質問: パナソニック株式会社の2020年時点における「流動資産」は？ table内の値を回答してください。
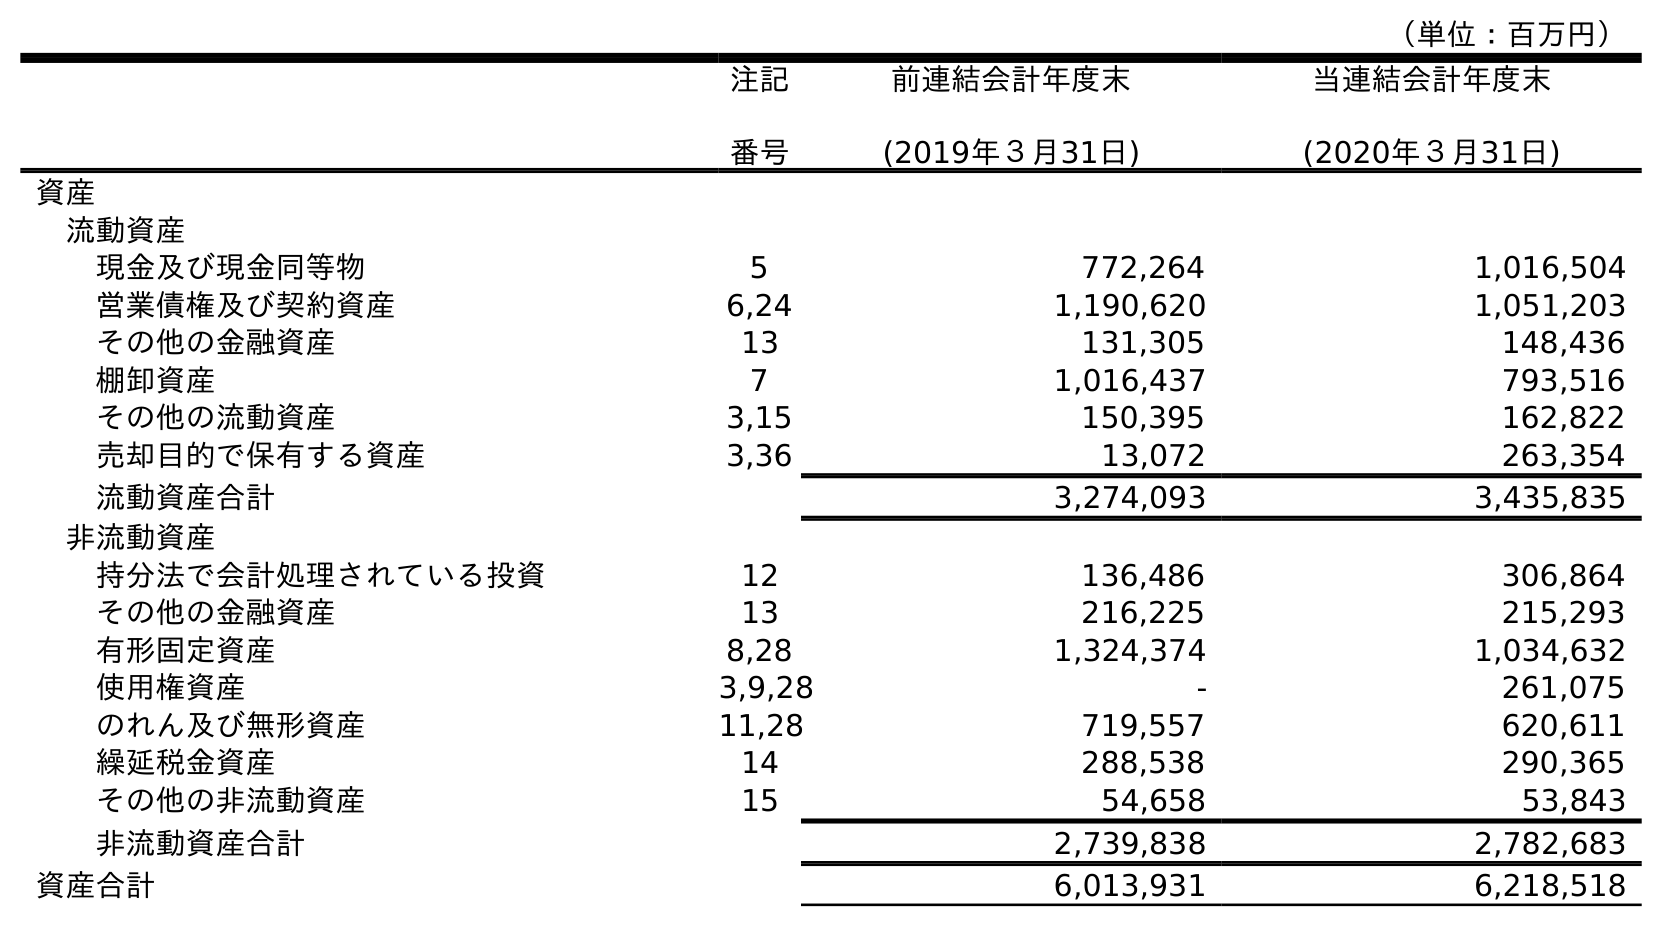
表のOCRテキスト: （単位：百万円） 注記 番号 前連結会計年度末 (2019年３月31日) 当連結会計年度末 (2020年３月31日) 資産 流動資産 現金及び現金同等物 5 772,264 1,016,504 営業債権及び契約資産 6,24 1,190,620 1,051,203 その他の金融資産 13 131,305 148,436 棚卸資産 7 1,016,437 793,516 その他の流動資産 3,15 150,395 162,822 売却目的で保有する資産 3,36 13,072 263,354 流動資産合計 3,274,093 3,435,835 非流動資産 持分法で会計処理されている投資 12 136,486 306,864 その他の金融資産 13 216,225 215,293 有形固定資産 8,28 1,324,374 1,034,632 使用権資産 3,9,28 - 261,075 のれん及び無形資産 11,28 719,557 620,611 繰延税金資産 14 288,538 290,365 その他の非流動資産 15 54,658 53,843 非流動資産合計 2,739,838 2,782,683 資産合計 6,013,931 6,218,518
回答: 3,435,835